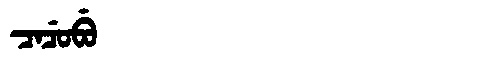
Manchu: ᠴᠠᠴᡠᠪᡠ
Romanization: CACUBU